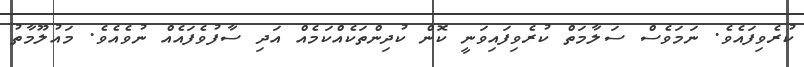
ކުރެވިފައެވެ. ނަމަވެސް ސަލާމަތް ކުރެވިފައިވަނީ ކޮން ކުދިންތަކެއްކަމެއް އަދި ސާފުވެފައެއް ނުވެއެވެ. މައުލޫމާތު